Problem: 7 + 16 = ?
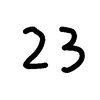
Handwritten answer: 23